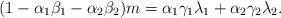
LaTeX: \begin{align*}(1 - \alpha_1 \beta_1 - \alpha_2 \beta_2) m = \alpha_1 \gamma_1 \lambda_1 + \alpha_2 \gamma_2 \lambda_2.\end{align*}